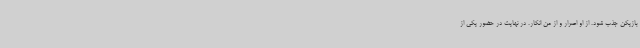
بازیکن جذب شود. از او اصرار و از من انکار. در نهایت در حضور یکی از